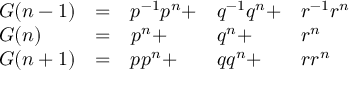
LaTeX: \begin{array} { l l l l l } { G ( n - 1 ) } & { = } & { p ^ { - 1 } p ^ { n } + } & { q ^ { - 1 } q ^ { n } + } & { r ^ { - 1 } r ^ { n } } \\ { G ( n ) } & { = } & { p ^ { n } + } & { q ^ { n } + } & { r ^ { n } } \\ { G ( n + 1 ) } & { = } & { p p ^ { n } + } & { q q ^ { n } + } & { r r ^ { n } } \end{array}